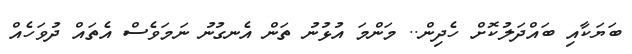
ބަޔަކާއި ބައްދަލުކޮށް ހެދިން.. މަންމަ އުޅުނު ތަން އެނގުނު ނަމަވެސް އެތައް ދުވަހެއް